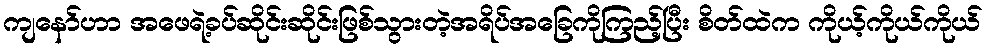
ကျနော်ဟာ အဖေရဲ့ခပ်ဆိုင်းဆိုင်းဖြစ်သွားတဲ့အရိပ်အခြေကိုကြည့်ပြီး စိတ်ထဲက ကိုယ့်ကိုယ်ကိုယ်